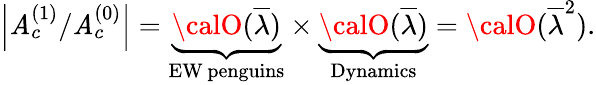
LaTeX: \left|{\cal\mathit{A}}_{c}^{(1)}/{\cal\mathit{A}}_{c}^{(0)}\right|=\underbrace{{{\calO}(\overline{{{{\lambda}}}})}}_{\mathrm{{EW\, penguins}}}\times\underbrace{{{\calO}(\overline{{{{\lambda}}}})}}_{\mathrm{{Dynamics}}}={\calO}(\overline{{{{\lambda}}}}^{2}).